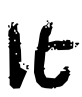
Text: It
Cross-out: clean
Writing tool: digital_black